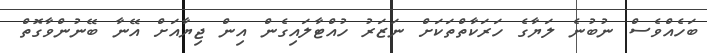
ބަހެއްވެސް ނުބުނެ ލަޔާގެ ހަރަކާތްތަކަށް ނަޒަރު ހުއްޓާލައިގެން އިން ޖިޔާއަށް އޭނާ ބޭނުންވާގޮތް